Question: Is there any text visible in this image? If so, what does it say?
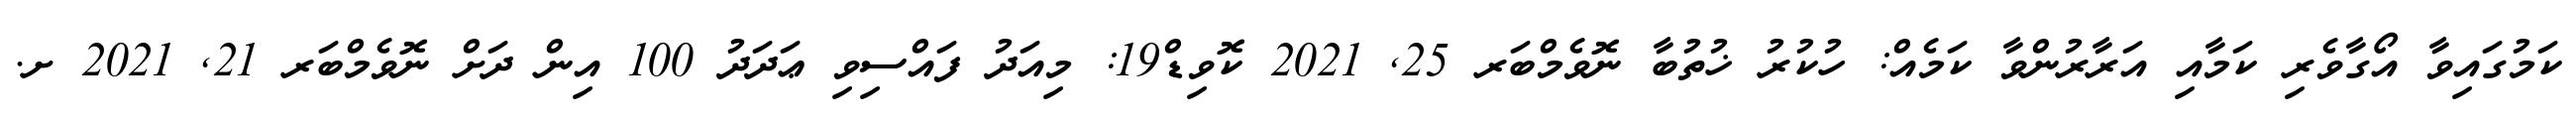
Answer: ކަމުގައިވާ އޯގާވެރި ކަމާއި އަރާރުންވާ ކަމެއް: ހުކުރު ޚުތުބާ ނޮވެމްބަރ 25, 2021 ކޮވިޑް19: މިއަދު ފައްސިވި ޢަދަދު 100 އިން ދަށް ނޮވެމްބަރ 21, 2021 ށ.